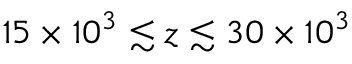
1 5 \times 1 0 ^ { 3 } \lesssim z \lesssim 3 0 \times 1 0 ^ { 3 }